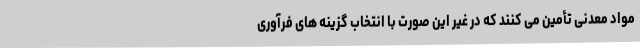
مواد معدنی تأمین می کنند که در غیر این صورت با انتخاب گزینه های فرآوری